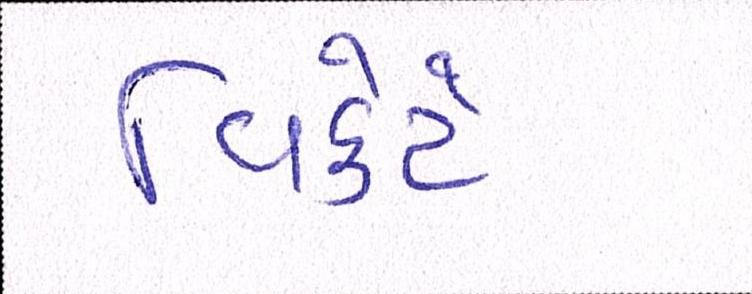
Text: વિકેટે